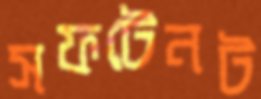
সফটেনট